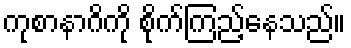
ကုစာနာဂိကို စိုက်ကြည့်နေသည်။